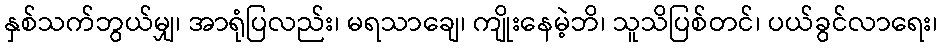
နှစ်သက်ဘွယ်မျှ၊ အာရုံပြလည်း၊ မရသာချေ၊ ကျိုးနေမဲ့ဘိ၊ သူသိပြစ်တင်၊ ပယ်ခွင်လာရေး၊